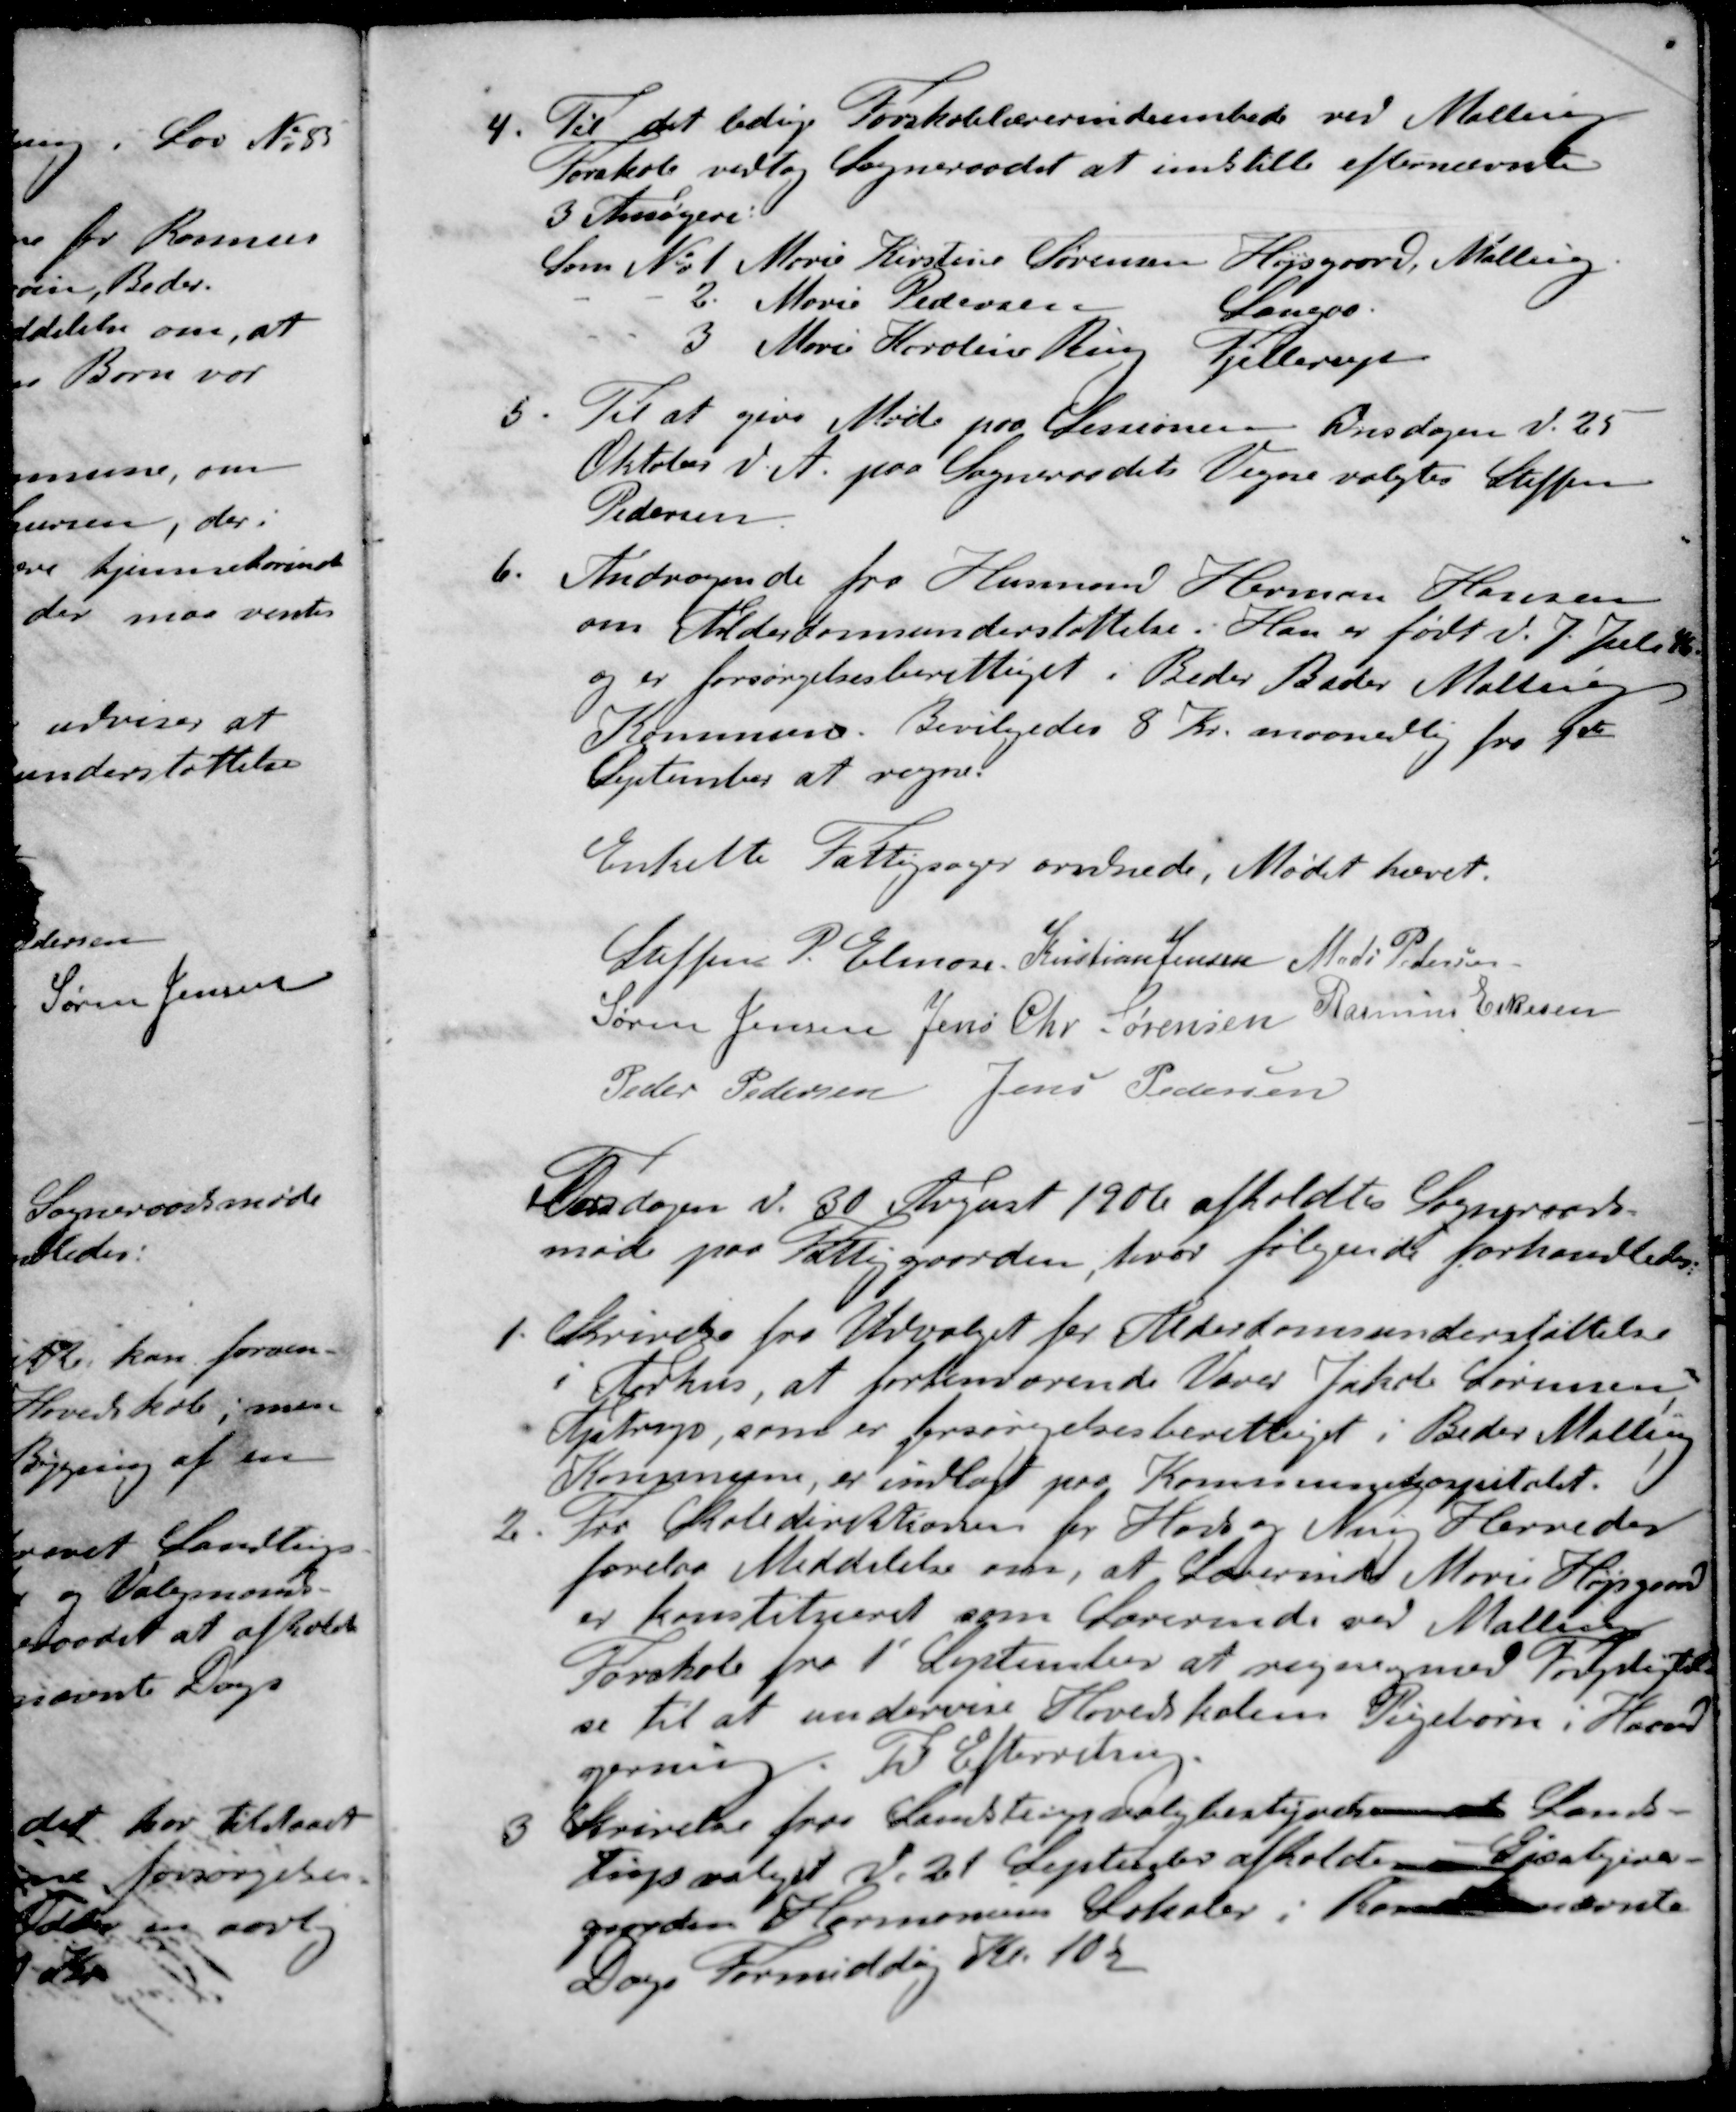
Transskription:
4. Til det ledige Forskolelærerindeembede ved Malling
Forskole vedtog Sogneraadet at indstille efternævnte
3 Ansøgere
Som No 1 Marie Kirstine Sørensen Højsgaard, Malling
- - 2. Marie Pedersen Langaa
- - 3 Marie Karoline Ring Fjellerup
5. Til at give Møde paa Sessionen Onsdagen d. 25
Oktober d. A. paa Sogneraadets Vegne valgtes Steffen
Pedersen
6. Andragende fra Husmand Herman Hansen
om Alderdomsunderstøttelse. Han er født d. 7 Juli 46
og er forsørgelsesberettiget i Beder Beder Malling
Kommune. Bevilgedes 8 Kr. maanedlig fra 1de
September at regne
Enkelte Fattigsager ordnede Mødet hævet.
Steffen P. Elmose
Kristian Jensen
Mads Pedersen
Søren Jensen
Jens Chr Sørensen
Rasmus Eskesen
Peder Pedersen
Jens Pedersen
Torsdagen d. 30 August 1906 afholdtes Sogneraads-
møde paa Fattigaarden, hvor følgende forhandledes
1. Skrivelse fra Udvalget for Alderdomsunderstøttelse
i Århus, at forhenværende Væver Jakob Sørensen
Ajstrup, som er forsørgelsesberettiget i Beder Malling
Kommune, er indlagt paa Kommunehospitalet.
2. Fra Skoledirektionen for Hads og Ning Herreder
forelaa Meddelelse om, at Lærerinde Marie Højsgaard
er konstitueret som Lærerinde ved Malling
Forskole fra 1' September at regne med Forpligtel-
se til at undervise Hovedskolens Pigebørn i Haand-
gerning. Til Efterretning.
3 Skrivelse fra Landstingsvalgbestyrelsen at Lands-
tingsvalget d. 21 September afholdes i Gjæstgiver-
gaarden Hermoniens Lokaler i 
Dage Formiddag Kl. 10½